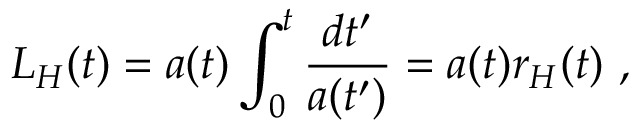
L _ { H } ( t ) = a ( t ) \int _ { 0 } ^ { t } \frac { d t ^ { \prime } } { a ( t ^ { \prime } ) } = a ( t ) r _ { H } ( t ) \ ,